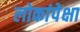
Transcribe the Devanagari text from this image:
लोकांपेक्षा